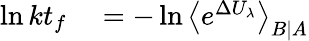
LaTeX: \begin{array}{rl}{\ln kt_{f}}&{{}=-\ln\left\langle e^{\Delta U_{\lambda}}\right\rangle_{B|A}}\end{array}